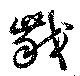
齩